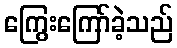
ကြွေးကြော်ခဲ့သည်